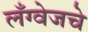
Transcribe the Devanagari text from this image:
लँग्वेजचे